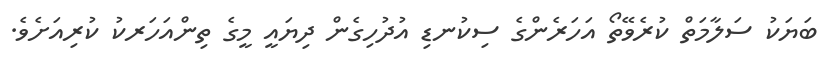
ބަޔަކު ސަލާމަތް ކުރެވޭތޯ އަހަރެންގެ ސިކުނޑި އުދުހިގެން ދިޔައީ މީގެ ތިންއަހަރކު ކުރިއަށެވެ.